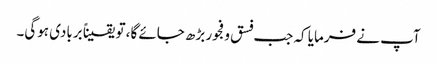
آپ نے فرمایا کہ جب فسق و فجور بڑھ جائے گا، تو یقیناً بربادی ہوگی۔